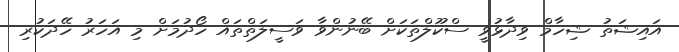
އައިޝަތު ޝިހާމް ވިދާޅުވީ ސްކޫލްތަކަށް ބޭނުންވާ ވަސީލަތްތައް ހޯދުމަށް މި އަހަރު ހޭދަކުރި